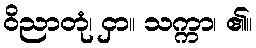
ဝိညာတုံ၊ ငှာ။ သက္ကာ၊ ၏။